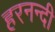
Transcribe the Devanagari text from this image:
हरनन्दी